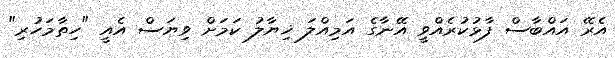
އެރޭ އައްބާސް ފާޅުކުރެއްވީ އޭނާގެ އަމިއްލަ ޚިޔާލު ކަމަށް ވިޔަސް އެއީ "ހިތާމަހުރި"